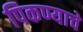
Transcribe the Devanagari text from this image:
पिकण्याचे